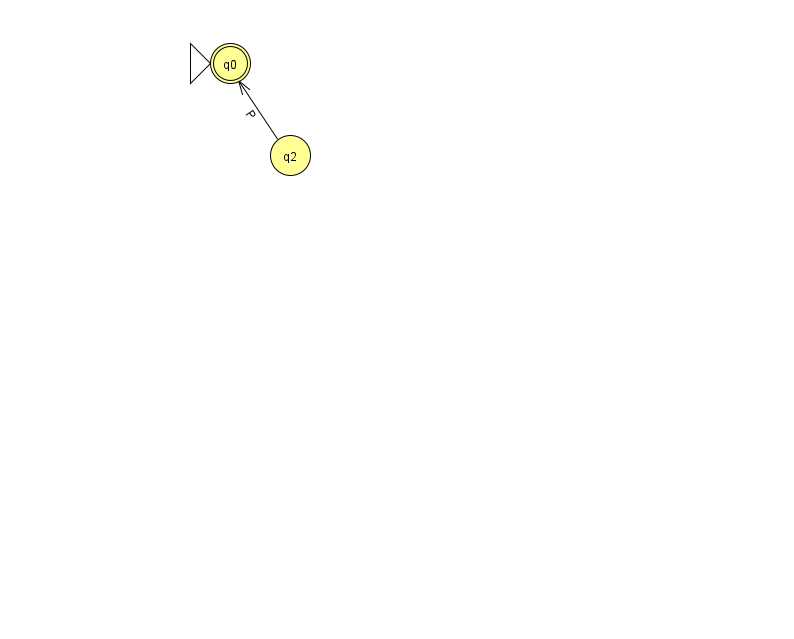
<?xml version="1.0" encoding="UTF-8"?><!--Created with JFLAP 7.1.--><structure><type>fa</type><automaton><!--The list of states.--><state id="0" name="q0"><x>230.0</x><y>50.0</y><initial/><final/></state><state id="2" name="q2"><x>290.0</x><y>142.0</y></state><!--The list of transitions.--><transition><from>2</from><to>0</to><read>P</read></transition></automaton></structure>